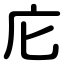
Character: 庀